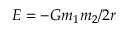
E = - G m _ { 1 } m _ { 2 } / 2 r